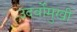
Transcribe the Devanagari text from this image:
उदर्वोमुखी